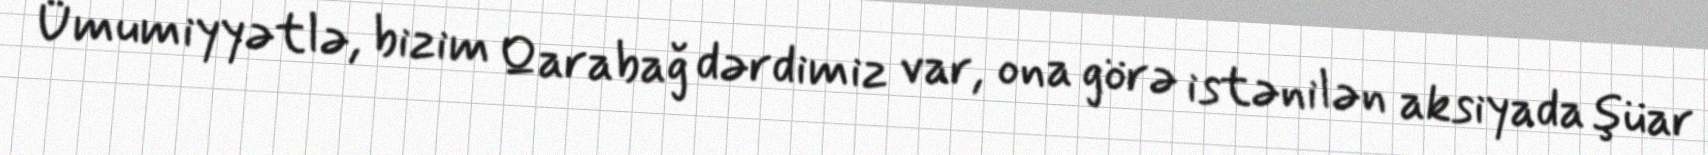
Ümumiyyətlə, bizim Qarabağ dərdimiz var, ona görə istənilən aksiyada şüar